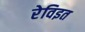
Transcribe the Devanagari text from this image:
रेविइत